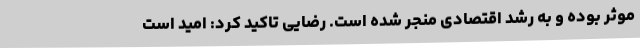
موثر بوده و به رشد اقتصادی منجر شده است. رضایی تاکید کرد: امید است